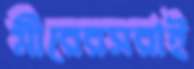
মীরেরসরাই